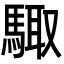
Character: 𮪊